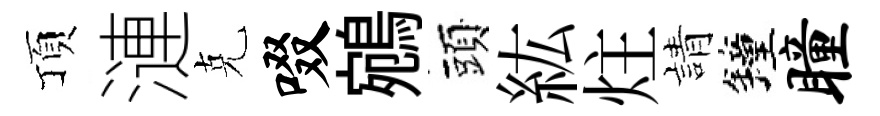
頂漣克啜鵷頭紘炷請鐘瞳